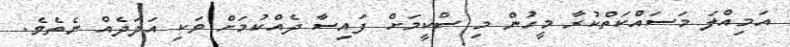
އަމިއްލަ މަސައްކަތްކުރާ މީހުން މި ސްކީމަށް ފައިސާ ދެއްކުމަށް ވަކި އަދަދެއް ނެތެވެ.